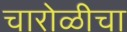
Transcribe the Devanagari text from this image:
चारोळीचा